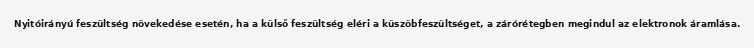
Nyitóirányú feszültség növekedése esetén, ha a külső feszültség eléri a küszöbfeszültséget, a zárórétegben megindul az elektronok áramlása.